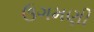
ઉગમણી